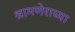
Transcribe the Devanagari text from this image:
श्रामणेराच्या